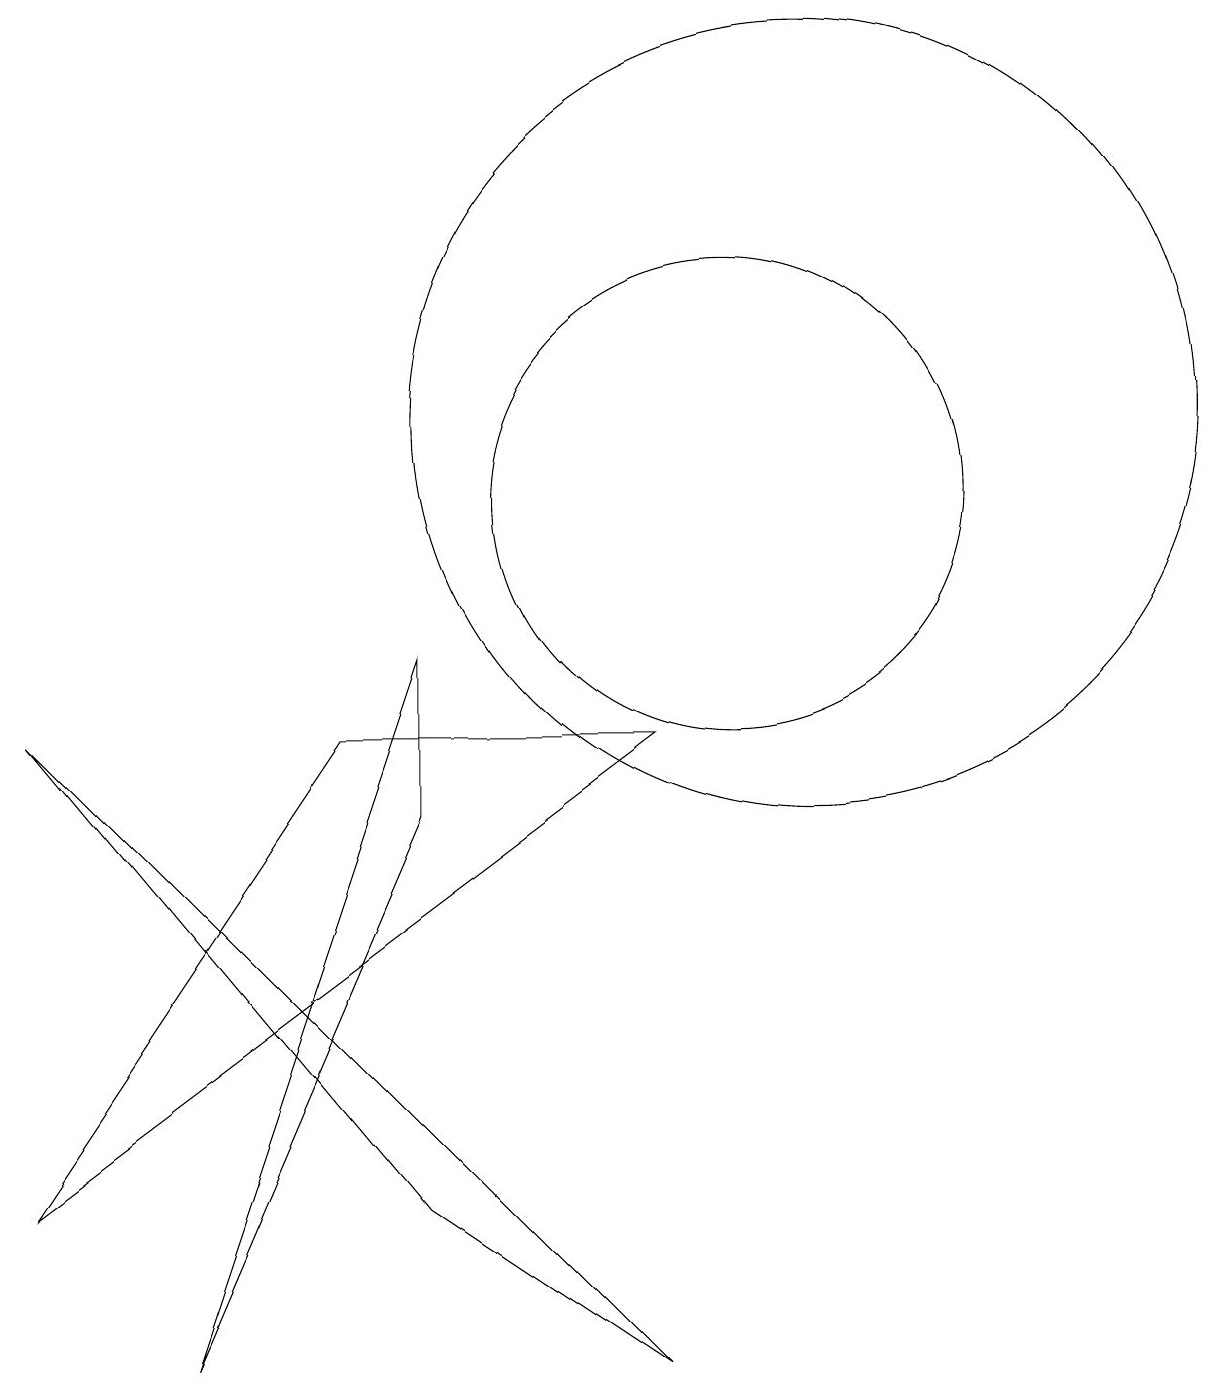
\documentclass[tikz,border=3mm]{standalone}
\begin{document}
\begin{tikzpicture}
\draw (9,0) -- (6,2) -- (1,8) -- cycle;
\draw (6,9) -- (3,0) -- (6,7) -- cycle;
\draw (11,12) circle (5);
\draw (10,11) circle (3);
\draw (5,8) -- (1,2) -- (9,8) -- cycle;
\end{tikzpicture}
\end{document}